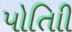
પોતાિી